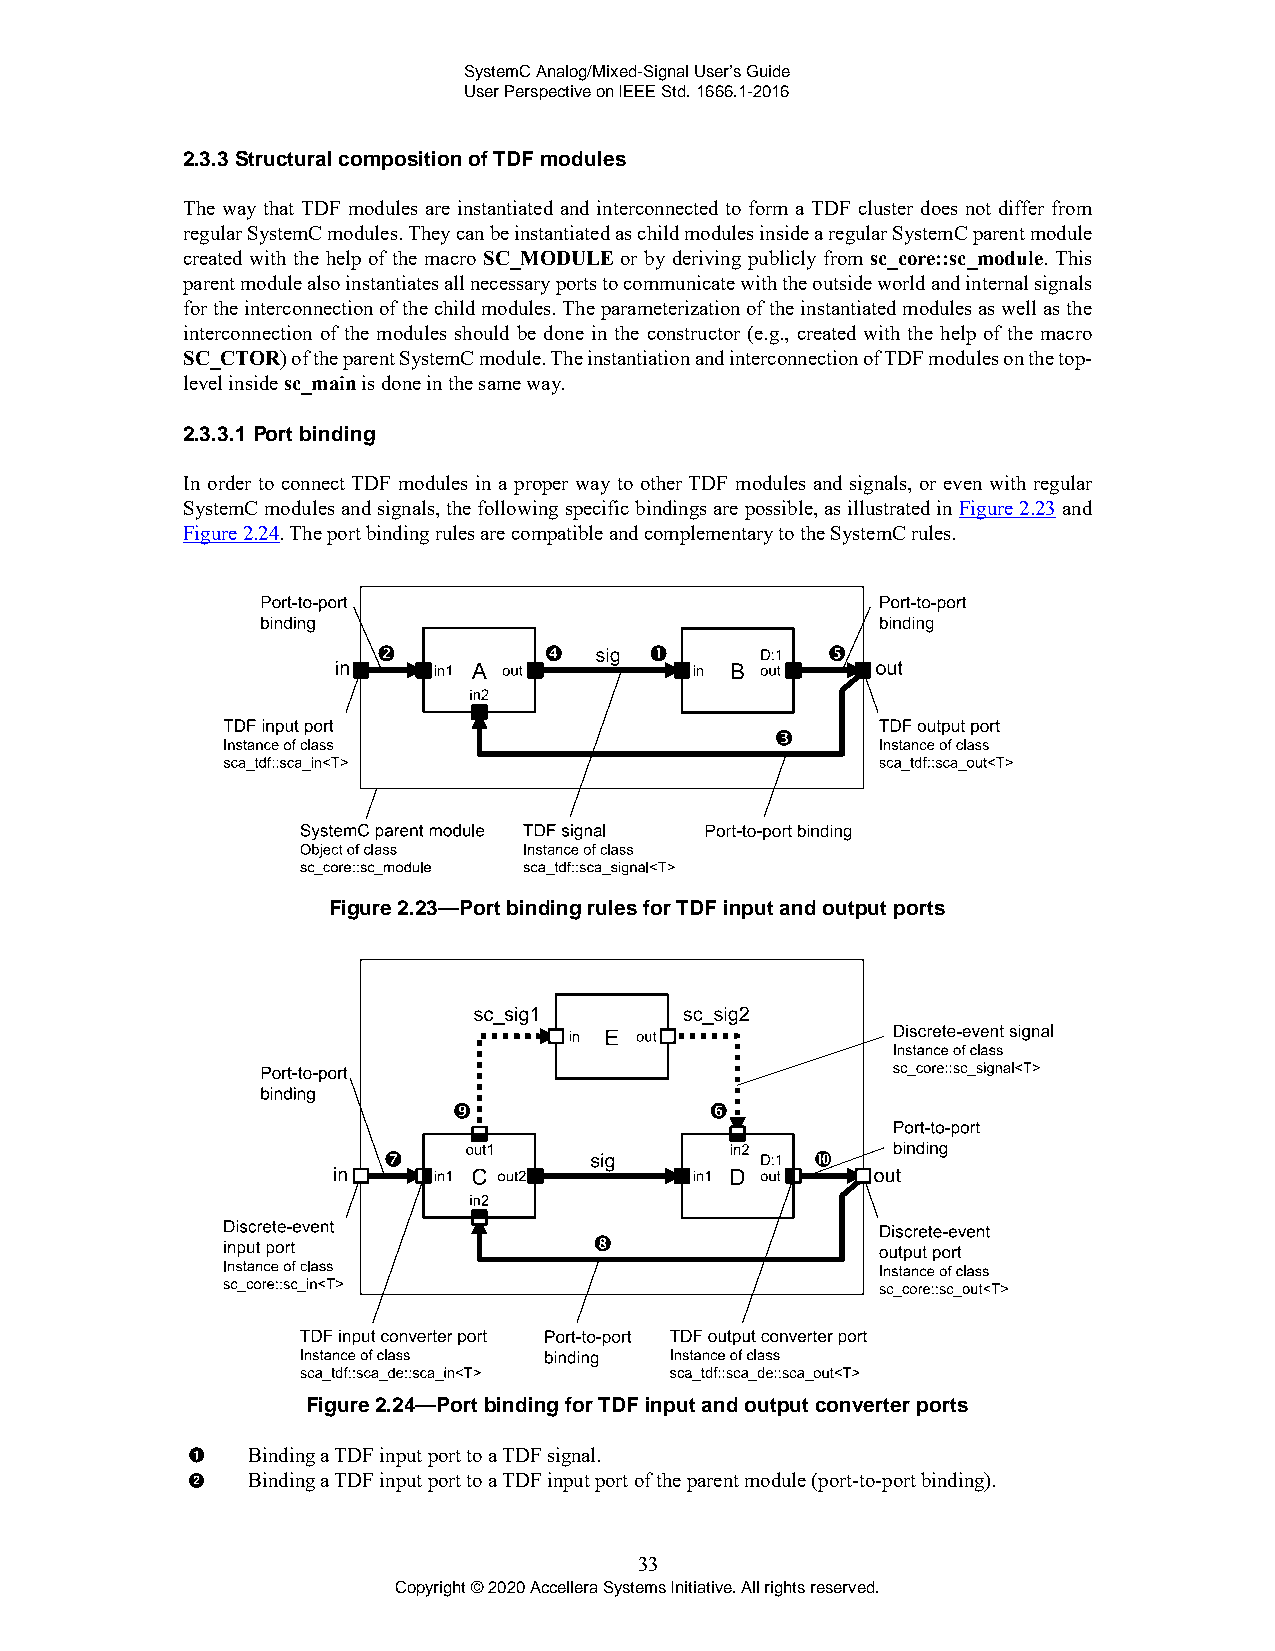
SystemC Analog/Mixed-Signal User’s Guide
 User Perspective on IEEE Std. 1666.1-2016
 2.3.3 Structural composition of TDF modules
 The way that TDF modules are instantiated and interconnected to form a TDF cluster does not differ from
 regular SystemC modules. They can be instantiated as child modules inside a regular SystemC parent module
 created with the help of the macro SC_MODULE or by deriving publicly from sc_core::sc_module. This
 parent module also instantiates all necessary ports to communicate with the outside world and internal signals
 for the interconnection of the child modules. The parameterization of the instantiated modules as well as the
 interconnection of the modules should be done in the constructor (e.g., created with the help of the macro
 SC_CTOR) of the parent SystemC module. The instantiation and interconnection of TDF modules on the top-
 level inside sc_main is done in the same way.
 2.3.3.1 Port binding
 In order to connect TDF modules in a proper way to other TDF modules and signals, or even with regular
 SystemC modules and signals, the following specific bindings are possible, as illustrated in Figure 2.23 and
 Figure 2.24. The port binding rules are compatible and complementary to the SystemC rules.
 Figure 2.23—Port binding rules for TDF input and output ports
 Figure 2.24—Port binding for TDF input and output converter ports
 Binding a TDF input port to a TDF signal.
 Binding a TDF input port to a TDF input port of the parent module (port-to-port binding).
 33
 Copyright © 2020 Accellera Systems Initiative. All rights reserved.